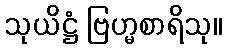
သုယိဋ္ဌံ ဗြဟ္မစာရိသု။